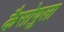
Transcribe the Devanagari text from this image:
कैसोयुला